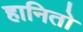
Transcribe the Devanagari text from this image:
हानितो